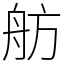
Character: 舫